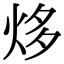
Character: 㶴